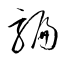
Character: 騙